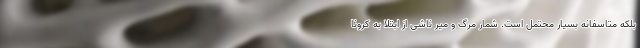
بلکه متاسفانه بسیار محتمل است. شمار مرگ و میر ناشی از ابتلا به کرونا